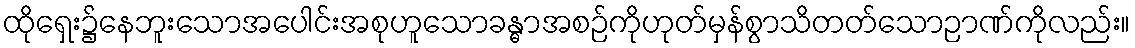
ထိုရှေး၌နေဘူးသောအပေါင်းအစုဟူသောခန္ဓာအစဉ်ကိုဟုတ်မှန်စွာသိတတ်သောဉာဏ်ကိုလည်း။